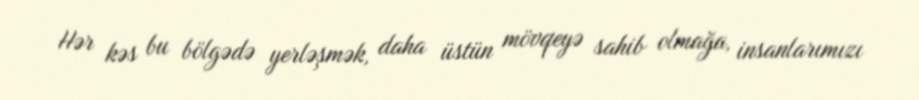
Hər kəs bu bölgədə yerləşmək, daha üstün mövqeyə sahib olmağa, insanlarımızı